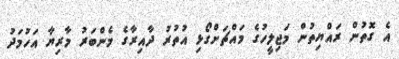
އެ ގޮތުން ރައްޔިތުން މަޖިލީހުގެ މައްޗަށްގޯޅި އުތުރު ދާއިރާގެ މެންބަރު މާރިޔާ އަހުމަދު